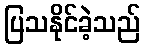
ပြသနိုင်ခဲ့သည်